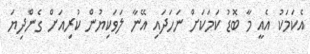
އެކަމަކު އެއީ މާ ބޮޑު ކަމަކަށް ނަހަދައި އޭނާ ލަވަކިޔުން ކުރިއަށް ގެންދިޔަ